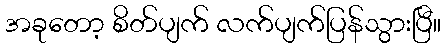
အခုတော့ စိတ်ပျက် လက်ပျက်ပြန်သွားပြီ။